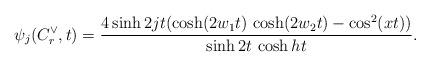
LaTeX: \begin{align*}\psi _{j}(C_{r}^{\vee },t)=\frac{4\sinh 2jt(\cosh (2w_{1}t)\,\cosh(2w_{2}t)-\cos ^{2}(xt))}{\sinh 2t\,\cosh ht}. \end{align*}